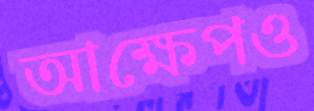
আক্ষেপও